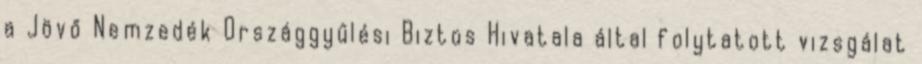
a Jövő Nemzedék Országgyűlési Biztos Hivatala által folytatott vizsgálat